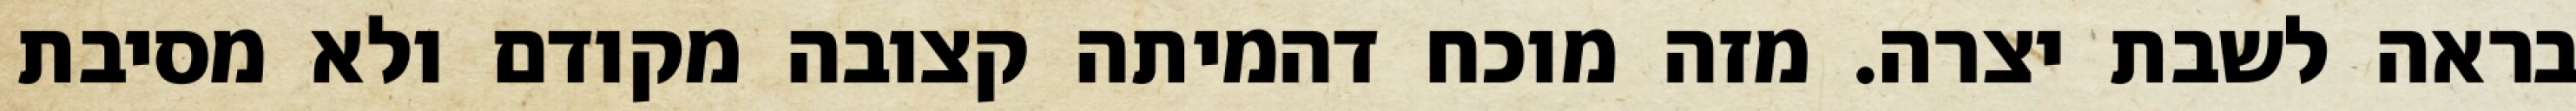
בראה לשבת יצרה. מזה מוכח דהמיתה קצובה מקודם ולא מסיבת